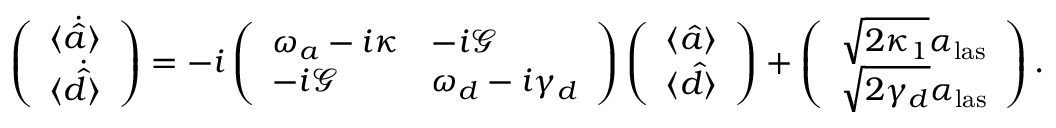
\left( \begin{array} { l } { \langle \dot { \hat { a } } \rangle } \\ { \langle \dot { \hat { d } } \rangle } \end{array} \right) = - i \left( \begin{array} { l l } { \omega _ { a } - i \kappa } & { - i \mathcal { G } } \\ { - i \mathcal { G } } & { \omega _ { d } - i \gamma _ { d } } \end{array} \right) \left( \begin{array} { l } { \langle { \hat { a } } \rangle } \\ { \langle { \hat { d } } \rangle } \end{array} \right) + \left( \begin{array} { l } { \sqrt { 2 \kappa _ { 1 } } \alpha _ { \mathrm { l a s } } } \\ { \sqrt { 2 \gamma _ { d } } \alpha _ { \mathrm { l a s } } } \end{array} \right) .